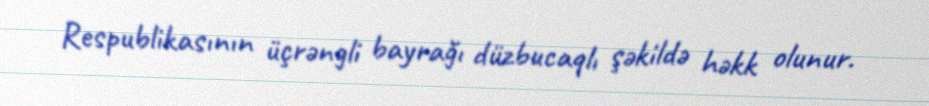
Respublikasının üçrəngli bayrağı düzbucaqlı şəkildə həkk olunur.